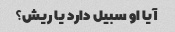
آیا او سبیل دارد یا ریش؟